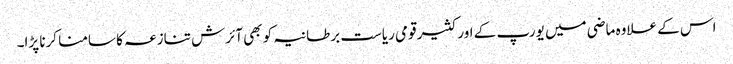
اس کے علاوہ ماضی میں یورپ کے اور کثیر قومی ریاست برطانیہ کو بھی آئرش تنازعہ کا سامنا کرنا پڑا۔